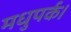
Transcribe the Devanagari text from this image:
मधुपर्क।